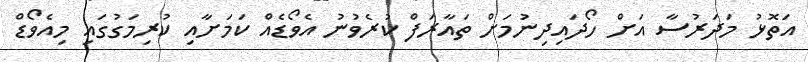
އަތޮޅު މަދަރުސާ އަށް ހޯދައިދިނުމަށް ތައާރަފް ކުރެވުނު އެވޯޑެއް ކަމަށާއި ކުރިމަގުގައި މިއެވޯޑް